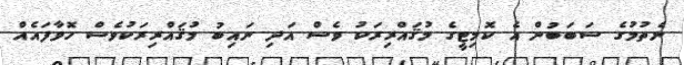
ނެތުމުގެ ސަބަބުން އެ ކޮމިޓީގެ މުޤައްރިރަކު ވެސް އަދި ނައިބު މުޤައްރިރަކުވެސް ހޮވާފައެއް